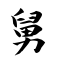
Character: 舅